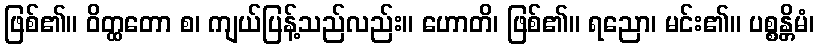
ဖြစ်၏။ ဝိတ္ထတော စ၊ ကျယ်ပြန့်သည်လည်း။ ဟောတိ၊ ဖြစ်၏။ ရညော၊ မင်း၏။ ပစ္စန္တိမံ၊